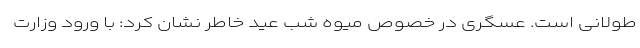
طولانی است. عسگری در خصوص میوه شب عید خاطر نشان کرد: با ورود وزارت